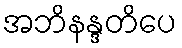
အဘိနန္ဒတိပေ